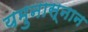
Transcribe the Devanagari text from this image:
यमुनास्नान